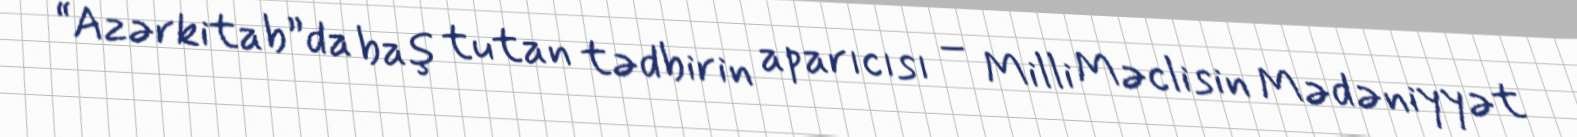
“Azərkitab”da baş tutan tədbirin aparıcısı – Milli Məclisin Mədəniyyət